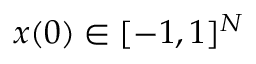
x ( 0 ) \in [ - 1 , 1 ] ^ { N }